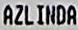
AZLINDA